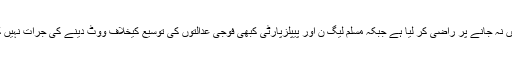
انہوں نے کہا کہ نواز شریف کو بھی محاذ آرائی کی بند گلی میں نہ جانے پر راضی کر لیا ہے جبکہ مسلم لیگ ن اور پیپلزپارٹی کبھی فوجی عدالتوں کی توسیع کیخلاف ووٹ دینے کی جرات نہیں کرینگی ،اپوزیشن اتحاد سے حکومت کو کوئی خطرہ نہیں ہے ۔